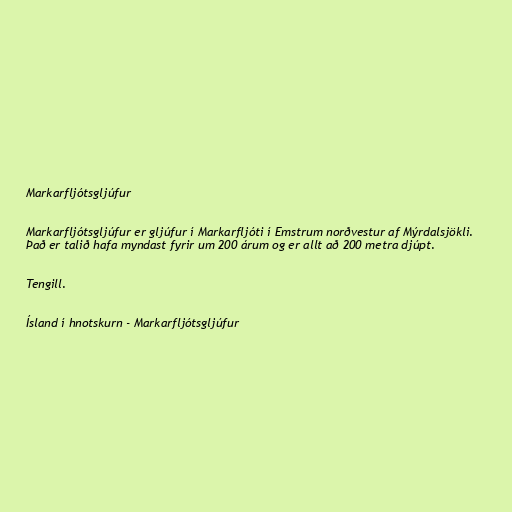
Markarfljótsgljúfur

Markarfljótsgljúfur er gljúfur í Markarfljóti í Emstrum norðvestur af Mýrdalsjökli.
Það er talið hafa myndast fyrir um 200 árum og er allt að 200 metra djúpt.

Tengill.

Ísland í hnotskurn - Markarfljótsgljúfur